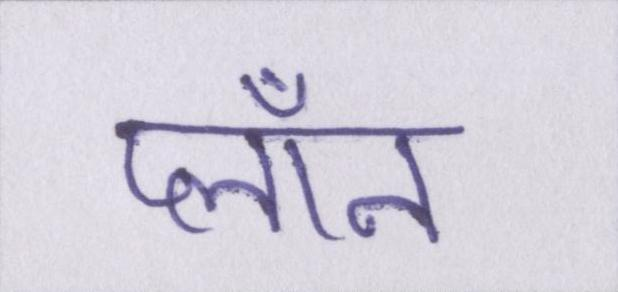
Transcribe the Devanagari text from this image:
प्लॉन